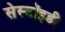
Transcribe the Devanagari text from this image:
सेस्टॉइडी